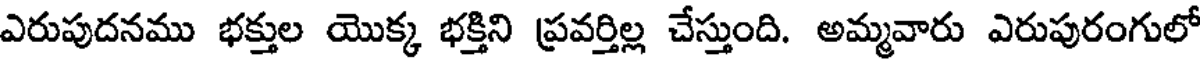
ఎరుపుదనము భక్తుల యొక్క భక్తిని ప్రవర్తిల్ల చేస్తుంది. అమ్మవారు ఎరుపురంగులో